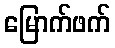
မြောက်ဖက်